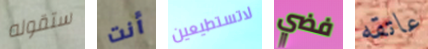
ستقوله أنت لاتستطيعين فضي عاتقه